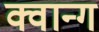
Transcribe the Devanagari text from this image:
क्वान्ग